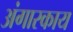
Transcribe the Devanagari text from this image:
अंगारकाय